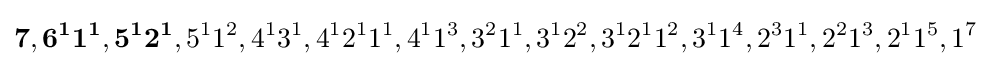
\mathbf {7} ,\mathbf {6^{1}1^{1}} ,\mathbf {5^{1}2^{1}} ,5^{1}1^{2},4^{1}3^{1},4^{1}2^{1}1^{1},4^{1}1^{3},3^{2}1^{1},3^{1}2^{2},3^{1}2^{1}1^{2},3^{1}1^{4},2^{3}1^{1},2^{2}1^{3},2^{1}1^{5},1^{7}